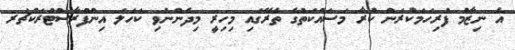
އެ ނިޒާމު ފުރިހަމަކުރަން ކުރާ މަސައްކަތުގެ ތެރޭގައި މިހިރީ މިދެންނެވި ކަހަލަ އިންފްރާސްޓްރަކްޗަރ